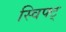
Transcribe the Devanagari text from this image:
स्विफ्ट्